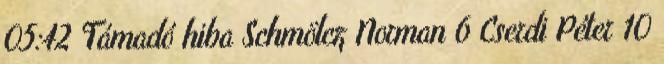
05:42 Támadó hiba Schmölcz Norman 6 Cserdi Péter 10